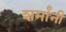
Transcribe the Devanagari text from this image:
शर्मांनी